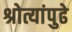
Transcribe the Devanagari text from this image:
श्रोत्यांपुढे